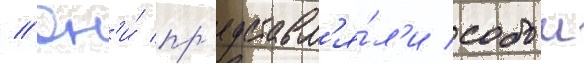
// Он'и́ пр'едставл'я́л'и собои